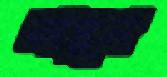
আঙ্গুল